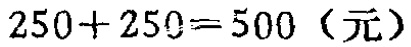
\(250 + 250 = 500 \text{（元）}\)